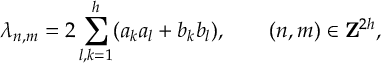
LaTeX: \lambda _ { n , m } = 2 \sum _ { l , k = 1 } ^ { h } ( a _ { k } a _ { l } + b _ { k } b _ { l } ) , \qquad ( n , m ) \in { \bf Z } ^ { 2 h } ,